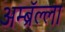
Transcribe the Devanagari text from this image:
अम्ब्रॅल्ला